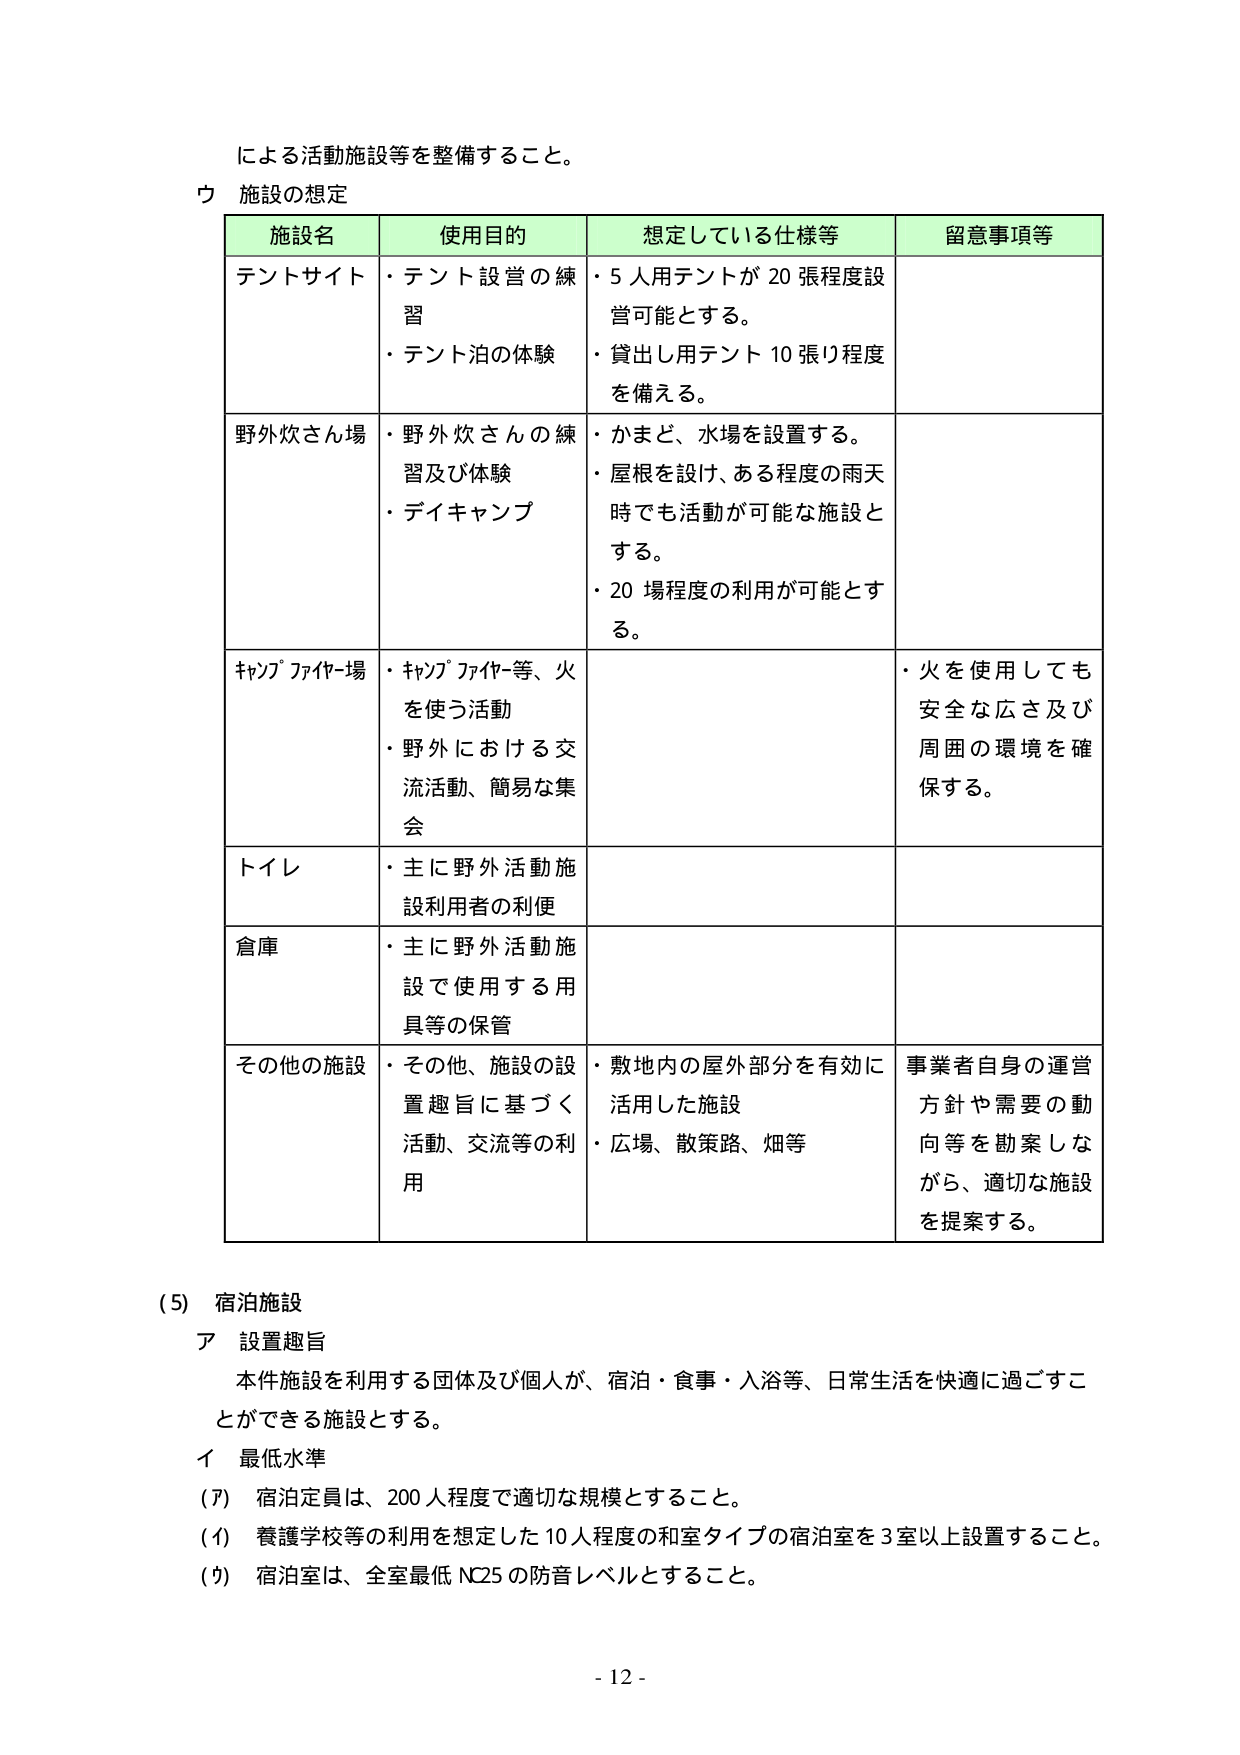
による活動施設等を整備すること。

ウ 施設の想定

施設名 使用目的 想定している仕様等 留意事項等
テントサイト ・テント設営の練習
・テント泊の体験 ・5人用テントが20張程度設営可能とする。
・貸出し用テント10張り程度を備える。
野外炊さん場 ・野外炊さんの練習及び体験
・デイキャンプ ・かまど、水場を設置する。
・屋根を設け、ある程度の雨天時でも活動が可能な施設とする。
・20場程度の利用が可能とする。
キャンプファイヤー場 ・キャンプファイヤー等、火を使う活動
・野外における交流活動、簡易な集会 ・火を使用しても安全な広さ及び周囲の環境を確保する。
トイレ ・主に野外活動施設利用者の利便
倉庫 ・主に野外活動施設で使用する用具等の保管
その他の施設 ・その他、施設の設置趣旨に基づく活動、交流等の利用 ・敷地内の屋外部分を有効に活用した施設
・広場、散策路、畑等 事業者自身の運営方針や需要の動向等を勘案しながら、適切な施設を提案する。

(5) 宿泊施設
ア 設置趣旨
本件施設を利用する団体及び個人が、宿泊・食事・入浴等、日常生活を快適に過ごすことができる施設とする。
イ 最低水準
(ア) 宿泊定員は、200人程度で適切な規模とすること。
(イ) 養護学校等の利用を想定した10人程度の和室タイプの宿泊室を3室以上設置すること。
(ウ) 宿泊室は、全室最低NC25の防音レベルとすること。

- 12 -